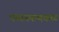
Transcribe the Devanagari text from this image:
पय्यनकथकळ